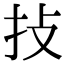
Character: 𢪊